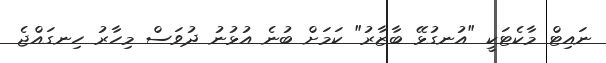
ނައިޓް މާކެޓަކީ "އުނގުޅޭ ބާޒާރު" ކަމަށް ބުނެ އުޅުނު ދުވަސް މިހާރު ހިނގައްޖެ